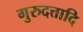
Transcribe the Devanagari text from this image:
गुरुदत्तादि